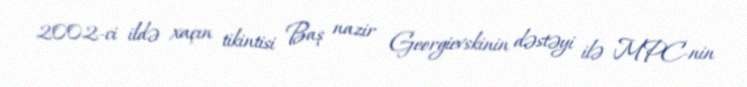
2002-ci ildə xaçın tikintisi Baş nazir Georgievskinin dəstəyi ilə MPC-nin